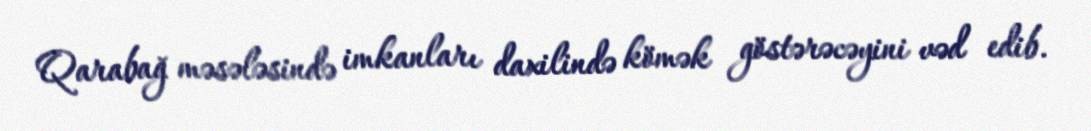
Qarabağ məsələsində imkanları daxilində kömək göstərəcəyini vəd edib.